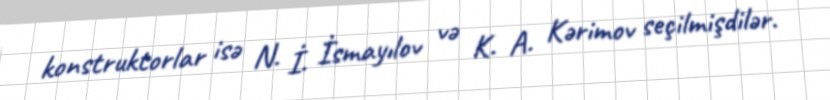
konstruktorlar isə N. İ. İsmayılov və K. A. Kərimov seçilmişdilər.